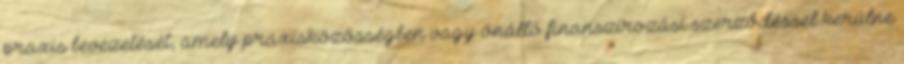
praxis bevezetését, amely praxisközösségben vagy önálló finanszírozási szerződéssel kerülne